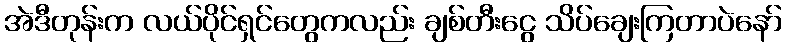
အဲဒီတုန်းက လယ်ပိုင်ရှင်တွေကလည်း ချစ်တီးငွေ သိပ်ချေးကြတာပဲနော်